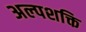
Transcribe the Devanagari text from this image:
अल्‍पशक्ति